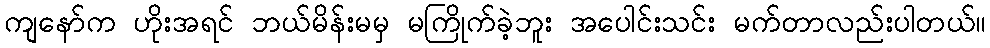
ကျနော်က ဟိုးအရင် ဘယ်မိန်းမမှ မကြိုက်ခဲ့ဘူး အပေါင်းသင်း မက်တာလည်းပါတယ်။